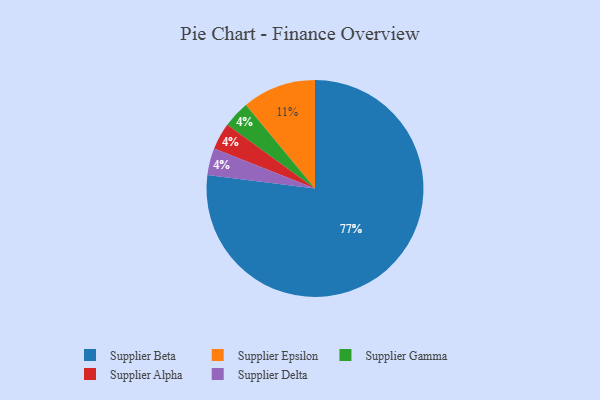
{"axis": {"x": "Category", "y": "Percentage"}, "legend": ["Supplier Alpha", "Supplier Beta", "Supplier Delta", "Supplier Epsilon", "Supplier Gamma"], "data": [{"x": "Supplier Gamma", "y": 4, "type": "Supplier Gamma"}, {"x": "Supplier Alpha", "y": 4, "type": "Supplier Alpha"}, {"x": "Supplier Beta", "y": 77, "type": "Supplier Beta"}, {"x": "Supplier Epsilon", "y": 11, "type": "Supplier Epsilon"}, {"x": "Supplier Delta", "y": 4, "type": "Supplier Delta"}]}